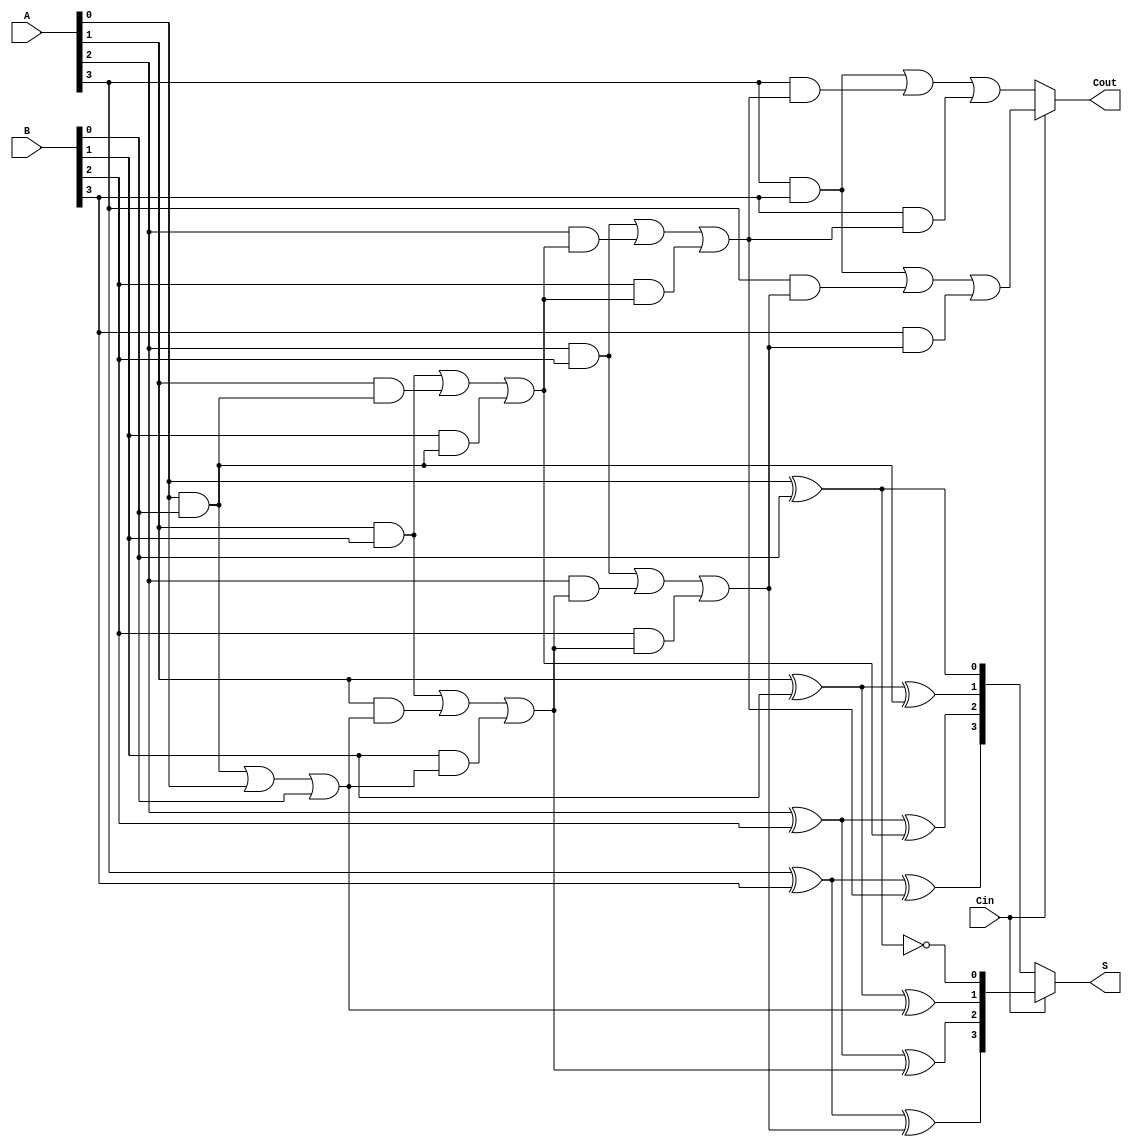
module ConditionalSumAdder #(
    parameter N = 4 // Number of bits
)(
    input [N-1:0] A,     // First input number
    input [N-1:0] B,     // Second input number
    input Cin,           // Carry-in signal
    output [N-1:0] S,    // Sum output
    output Cout          // Carry-out signal
);

    wire [N-1:0] S0, S1; // Sums for Cin = 0 and Cin = 1
    wire [N-1:0] C0, C1; // Carries for Cin = 0 and Cin = 1
    wire [N-1:0] C;      // Selected carry

    // Generate the partial sums and carries
    genvar i;
    generate
        for (i = 0; i < N; i = i + 1) begin : CSA
            if (i == 0) begin
                // For the least significant bit
                assign S0[i] = A[i] ^ B[i] ^ 0;   // Sum when Cin = 0
                assign S1[i] = A[i] ^ B[i] ^ 1;   // Sum when Cin = 1
                assign C0[i] = (A[i] & B[i]) | (A[i] & 0) | (B[i] & 0); // Carry when Cin = 0
                assign C1[i] = (A[i] & B[i]) | (A[i] & 1) | (B[i] & 1); // Carry when Cin = 1
            end
            else begin
                // For the other bits
                assign S0[i] = A[i] ^ B[i] ^ C0[i-1]; // Sum when Cin = 0
                assign S1[i] = A[i] ^ B[i] ^ C1[i-1]; // Sum when Cin = 1
                assign C0[i] = (A[i] & B[i]) | (A[i] & C0[i-1]) | (B[i] & C0[i-1]); // Carry when Cin = 0
                assign C1[i] = (A[i] & B[i]) | (A[i] & C1[i-1]) | (B[i] & C1[i-1]); // Carry when Cin = 1
            end
        end
    endgenerate

    // Mux for selecting the sum and carry output
    assign S = (Cin) ? S1 : S0;           // Select the sum based on Cin
    assign Cout = (Cin) ? C1[N-1] : C0[N-1]; // Select the carry-out based on Cin

endmodule